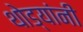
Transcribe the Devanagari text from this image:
थोड्यांनी